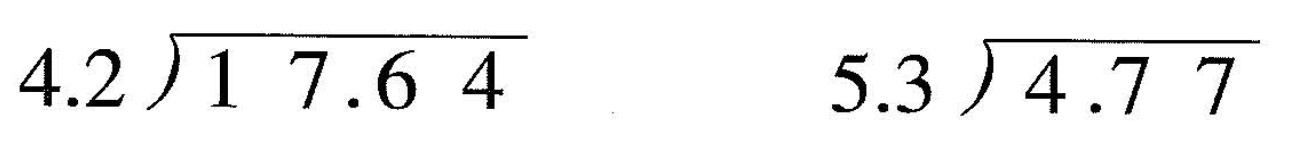
\longdiv{4.2}{17.64} \longdiv{5.3}{4.77}